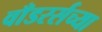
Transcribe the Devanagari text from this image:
वाँडरर्सच्या